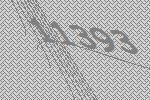
11393